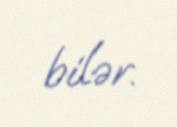
bilər.